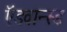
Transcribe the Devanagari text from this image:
ऍडवान्स्ड